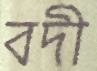
বদী